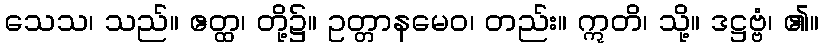
သေသ၊ သည်။ ဧတ္ထ၊ တို့၌။ ဥတ္တာနမေဝ၊ တည်း။ ဣတိ၊ သို့။ ဒဋ္ဌဗ္ဗံ၊ ၏။